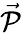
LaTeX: \vec{\mathcal P}